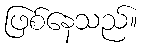
ဖြစ်နေသည်။